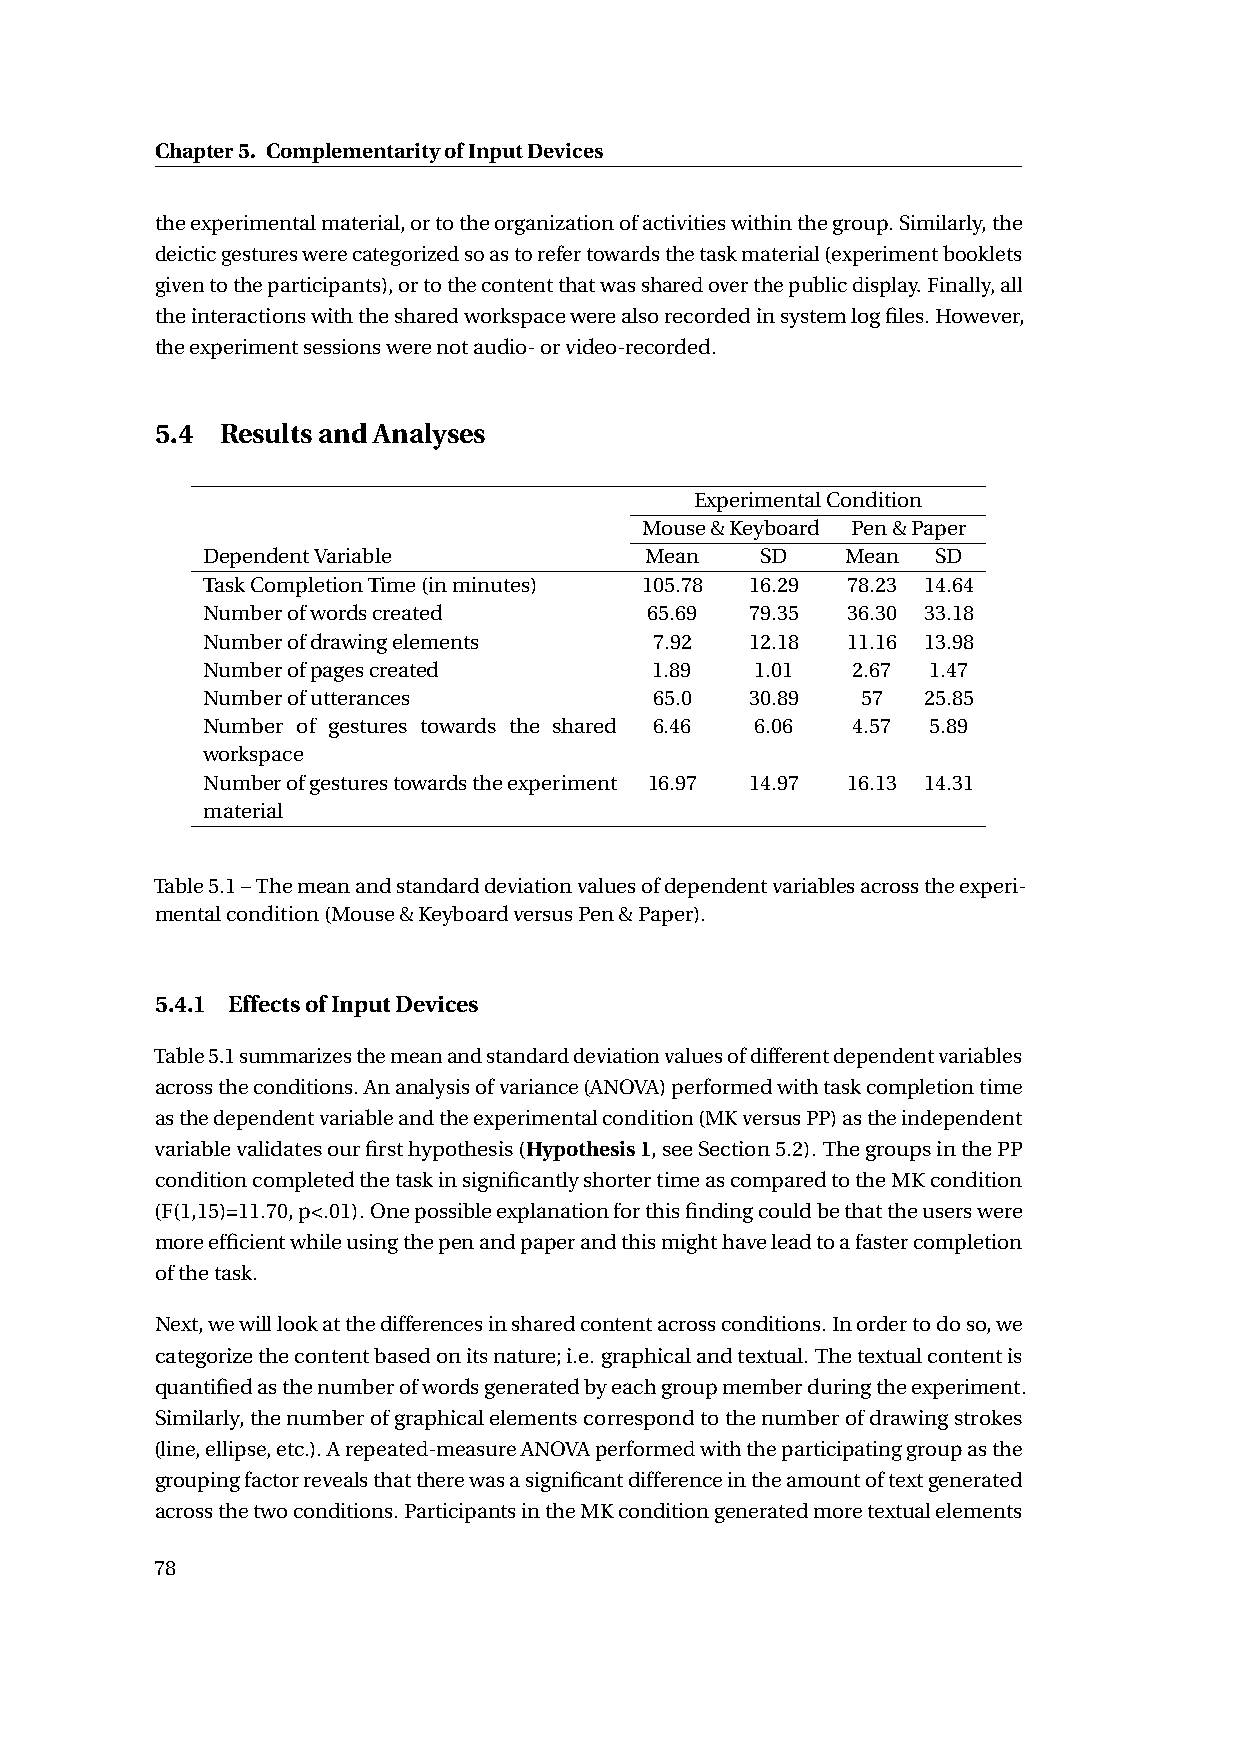
Chapter5. ComplementarityofInputDevices
 theexperimentalmaterial,ortotheorganizationofactivitieswithinthegroup.Similarly,the
 deicticgestureswerecategorizedsoastorefertowardsthetaskmaterial(experimentbooklets
 giventotheparticipants),ortothecontentthatwassharedoverthepublicdisplay.Finally,all
 theinteractionswiththesharedworkspacewerealsorecordedinsystemlogfiles.However,
 theexperimentsessionswerenotaudio-orvideo-recorded.
 5.4  ResultsandAnalyses
 ExperimentalCondition
 Mouse&Keyboard Pen&Paper
 DependentVariable             Mean   SD    Mean  SD
 TaskCompletionTime(inminutes) 105.78 16.29 78.23 14.64
 Numberofwordscreated          65.69  79.35 36.30 33.18
 Numberofdrawingelements       7.92   12.18 11.16 13.98
 Numberofpagescreated          1.89   1.01  2.67 1.47
 Numberofutterances            65.0   30.89  57  25.85
 Number of gestures towards the shared 6.46 6.06 4.57 5.89
 workspace
 Numberofgesturestowardstheexperiment 16.97 14.97 16.13 14.31
 material
 Table5.1–Themeanandstandarddeviationvaluesofdependentvariablesacrosstheexperi-
 mentalcondition(Mouse&KeyboardversusPen&Paper).
 5.4.1 EffectsofInputDevices
 Table5.1summarizesthemeanandstandarddeviationvaluesofdifferentdependentvariables
 acrosstheconditions.Ananalysisofvariance(ANOVA)performedwithtaskcompletiontime
 asthedependentvariableandtheexperimentalcondition(MKversusPP)astheindependent
 variablevalidatesourfirsthypothesis(Hypothesis1,seeSection5.2). ThegroupsinthePP
 conditioncompletedthetaskinsignificantlyshortertimeascomparedtotheMKcondition
 (F(1,15)=11.70,p<.01).Onepossibleexplanationforthisfindingcouldbethattheuserswere
 moreefficientwhileusingthepenandpaperandthismighthaveleadtoafastercompletion
 ofthetask.
 Next,wewilllookatthedifferencesinsharedcontentacrossconditions.Inordertodoso,we
 categorizethecontentbasedonitsnature;i.e.graphicalandtextual.Thetextualcontentis
 quantifiedasthenumberofwordsgeneratedbyeachgroupmemberduringtheexperiment.
 Similarly,thenumberofgraphicalelementscorrespondtothenumberofdrawingstrokes
 (line,ellipse,etc.).Arepeated-measureANOVAperformedwiththeparticipatinggroupasthe
 groupingfactorrevealsthattherewasasignificantdifferenceintheamountoftextgenerated
 acrossthetwoconditions.ParticipantsintheMKconditiongeneratedmoretextualelements
 78